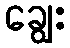
ချွေး